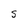
Character: S